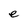
Character: e